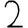
Digit: 2